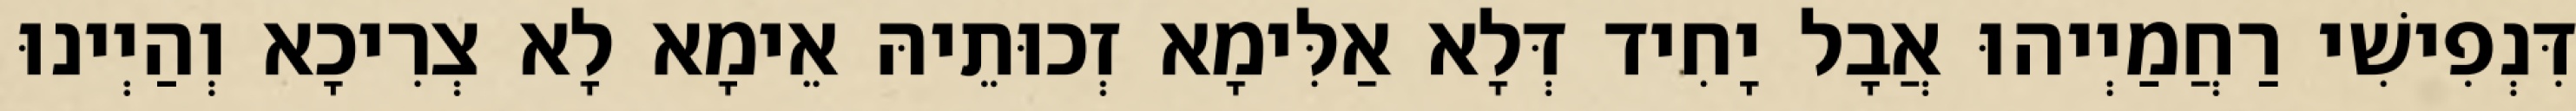
דִּנְפִישִׁי רַחֲמַיְיהוּ אֲבָל יָחִיד דְּלָא אַלִּימָא זְכוּתֵיהּ אֵימָא לָא צְרִיכָא וְהַיְינוּ